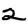
Digit: 2